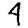
Digit: 4